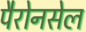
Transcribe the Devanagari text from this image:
पैरोनसेल